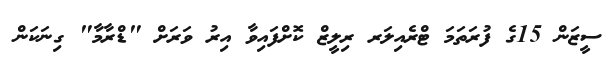
ސީޒަން 15ގެ ފުރަތަމަ ޓްރެއިލަރ ރިލީޒް ކޮށްފައިވާ އިރު ވަރަށް "ޑްރާމާ" ގިނަކަން